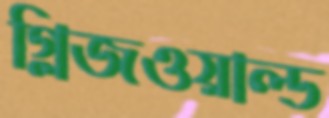
গ্লিজওয়াল্ড